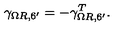
\gamma _ { \Omega R , 6 ^ { \prime } } = - \gamma _ { \Omega R , 6 ^ { \prime } } ^ { T } .